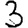
Digit: 3